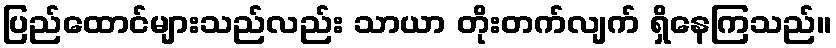
ပြည်ထောင်များသည်လည်း သာယာ တိုးတက်လျက် ရှိနေကြသည်။